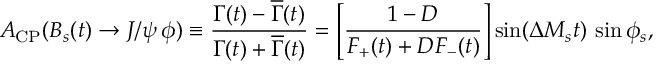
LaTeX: { \cal A } _ { \mathrm { C P } } ( B _ { s } ( t ) \to J / \psi \, \phi ) \equiv \frac { \Gamma ( t ) - \overline { { { \Gamma } } } ( t ) } { \Gamma ( t ) + \overline { { { \Gamma } } } ( t ) } = \left[ \frac { 1 - D } { F _ { + } ( t ) + D F _ { - } ( t ) } \right] \sin ( \Delta M _ { s } t ) \, \sin \phi _ { s } ,